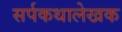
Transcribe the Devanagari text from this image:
सर्पकथालेखक